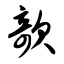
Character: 欹